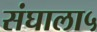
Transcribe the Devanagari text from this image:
संघाला५